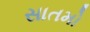
સાતમો